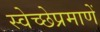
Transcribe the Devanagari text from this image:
स्वेच्छेप्रमाणें